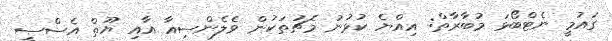
ގައުމީ ނެޓްބޯޅަ މުބާރާތް: އިއްޔެ ކުޅުނު މެޗުތަކުން ވެލެންސިއާ އާއި ޔޫތް އެސްސީ